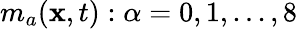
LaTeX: {m_{a}}(\mathbf{x},t):\alpha=0,1,...,8